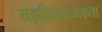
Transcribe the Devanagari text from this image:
यज्ञक्रियात्मकता